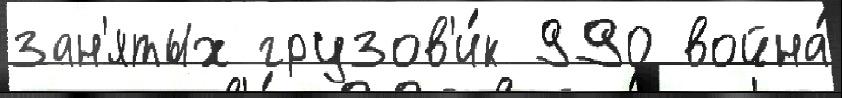
зан'ятых грузов'и́к 990 война́